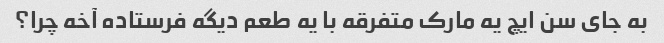
به جای سن ایچ یه مارک متفرقه با یه طعم دیگه فرستاده آخه چرا؟